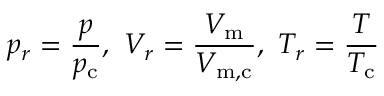
p _ { r } = { \frac { p } { p _ { \mathrm { c } } } } , \ V _ { r } = { \frac { V _ { \mathrm { m } } } { V _ { \mathrm { m , c } } } } , \ T _ { r } = { \frac { T } { T _ { \mathrm { c } } } }